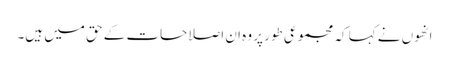
انھوں نے کہا کہ مجموعی طور پر وہ ان اصلاحات کے حق میں ہیں۔